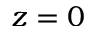
z = 0